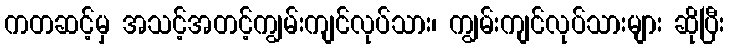
ကတဆင့်မှ အသင့်အတင့်ကျွမ်းကျင်လုပ်သား၊ ကျွမ်းကျင်လုပ်သားများ ဆိုပြီး